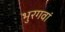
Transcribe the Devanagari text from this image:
भुरगवां